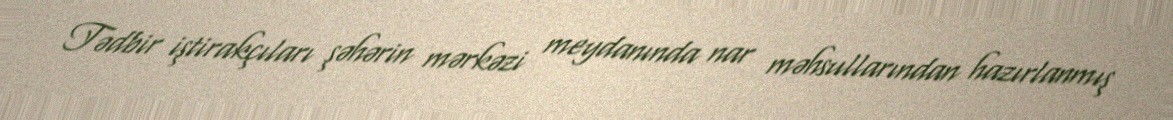
Tədbir iştirakçıları şəhərin mərkəzi meydanında nar məhsullarından hazırlanmış